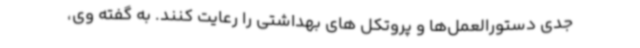
جدی دستورالعمل‌ها و پروتکل های بهداشتی را رعایت کنند. به گفته وی،